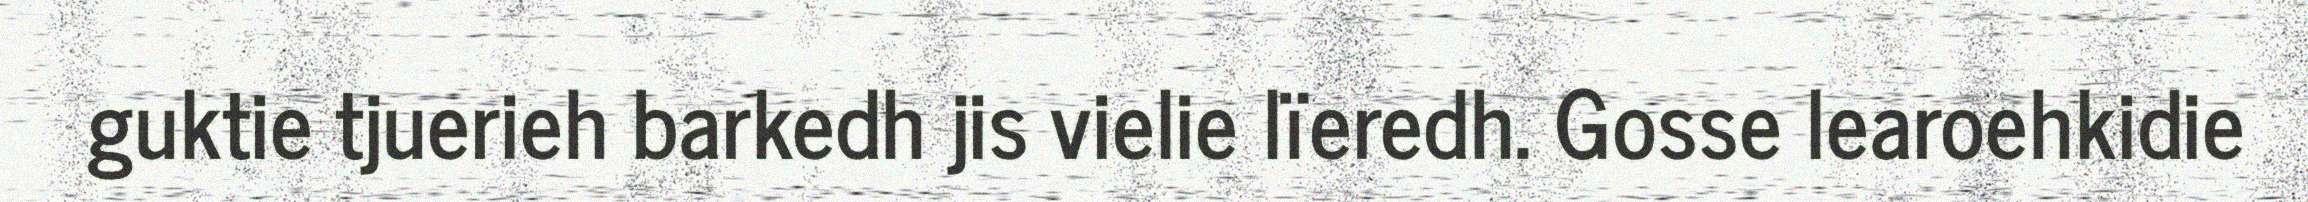
guktie tjuerieh barkedh jis vielie lïeredh. Gosse learoehkidie